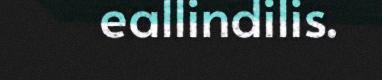
eallindilis.